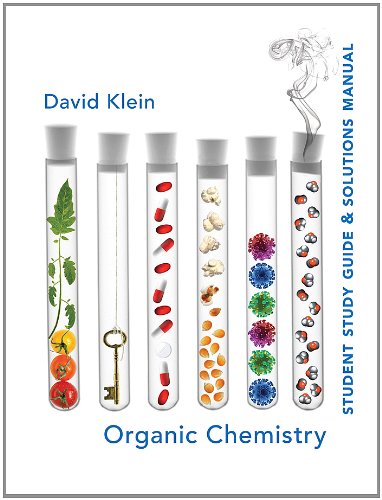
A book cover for Student Study Guide and Solutions Manual for Organic Chemistry; David R. Klein; Science & Math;